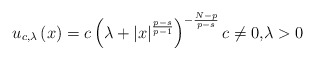
\begin{align*}u_{c,\lambda}\left( x\right) =c\left( \lambda+\left\vert x\right\vert^{\frac{p-s}{p-1}}\right) ^{-\frac{N-p}{p-s}}c\neq0\text{,}\lambda>0 \end{align*}